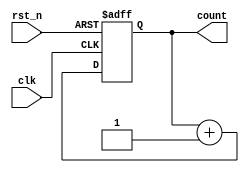
module reset_condition_example (
    input wire clk,          // Clock input
    input wire rst_n,       // Active-low reset signal
    output reg [7:0] count   // 8-bit counter output
);

// Initial state
initial begin
    count = 8'b00000000;   // Initialize count to zero
end

// Asynchronous reset behavior
always @(posedge clk or negedge rst_n) begin
    if (!rst_n) begin
        // Behavior on reset: initialize count to zero
        count <= 8'b00000000; // Clear the count
    end else begin
        // Normal operation: increment the counter
        count <= count + 1;
    end
end

endmodule